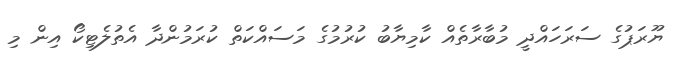
ޔޫރަޕުގެ ސަރަހައްދީ މުބާރާތެއް ކާމިޔާބު ކުރުމުގެ މަސައްކަތް ކުރަމުންދާ އެތުލެޓިކޯ އިން މި